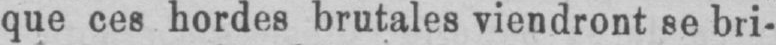
que ces hordes brutales viendront se bri-